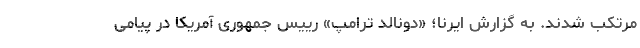
مرتکب شدند. به گزارش ایرنا؛ «دونالد ترامپ» رییس جمهوری آمریکا در پیامی